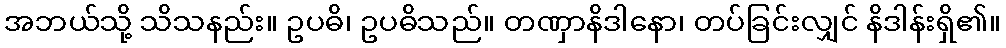
အဘယ်သို့ သိသနည်း။ ဥပဓိ၊ ဥပဓိသည်။ တဏှာနိဒါနော၊ တပ်ခြင်းလျှင် နိဒါန်းရှိ၏။